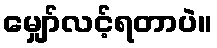
မျှော်လင့်ရတာပဲ။